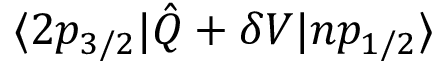
\langle 2 p _ { 3 / 2 } | \hat { Q } + \delta V | n p _ { 1 / 2 } \rangle